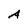
Character: A